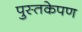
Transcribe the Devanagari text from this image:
पुस्तकेपण